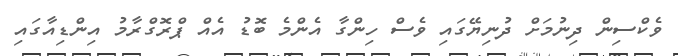
ވެކްސިން ދިނުމަށް ދުނިޔޭގައި ވެސް ހިންގާ އެންމެ ބޮޑު އެއް ޕްރޮގްރާމު އިންޑިއާގައި